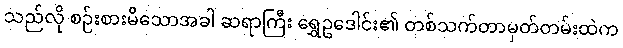
သည်လို စဉ်းစားမိသောအခါ ဆရာကြီး ရွှေဥဒေါင်း၏ တစ်သက်တာမှတ်တမ်းထဲက